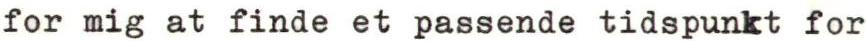
for mig at finde et passende tidspunkt for